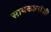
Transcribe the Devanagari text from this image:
सायकालॉजी